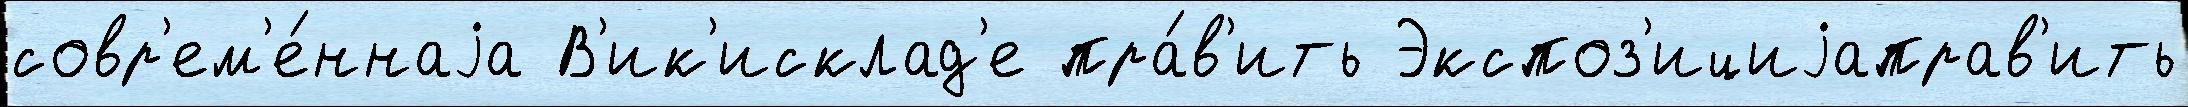
совр'ем'е́ннаjа В'ик'исклад'е пра́в'ить Экспоз'ициjаправ'ить